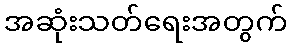
အဆုံးသတ်ရေးအတွက်